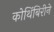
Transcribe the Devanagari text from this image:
कोथिंबिरीने